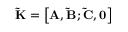
\mathbf { \tilde { K } } = \left[ { { \bf { A } } , \mathbf { \tilde { B } } ; \mathbf { \tilde { C } } , { \bf { 0 } } } \right]